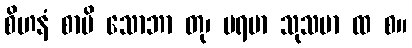
စိဟနံ စာပိ သောဘာ တု၊ ပရမာ သုသမာ ထ စ။